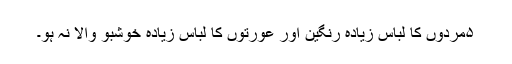
۵مردوں کا لباس زیادہ رنگین اور عورتوں کا لباس زیادہ خوشبو والا نہ ہو۔